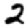
Digit: 2